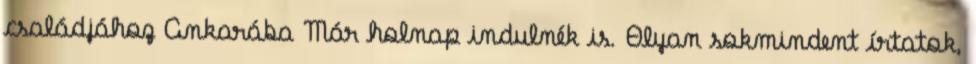
családjához Ankarába Már holnap indulnék is. Olyan sokmindent írtatok,